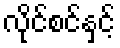
လိုင်စင်နှင့်